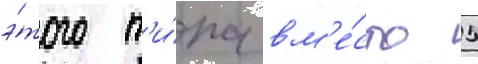
э́того т'и́па вм'е́сто 5